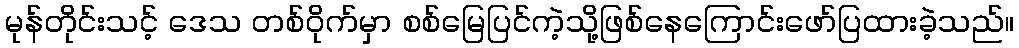
မုန်တိုင်းသင့် ဒေသ တစ်ဝိုက်မှာ စစ်မြေပြင်ကဲ့သို့ဖြစ်နေကြောင်းဖော်ပြထားခဲ့သည်။